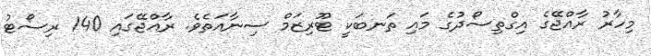
މިހާރު ރާއްޖޭގެ އިގްތިސޯދުގެ މައި ތަނބަކީ ޓޫރިޒަމް ސިނާއަތެވެ. ރާއްޖޭގައި 140 ރިސޯޓު